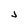
Character: d